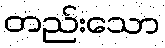
တည်းသော